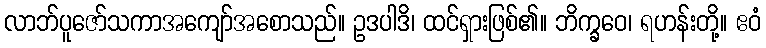
လာဘ်ပူဇော်သကာအကျော်အစောသည်။ ဥဒပါဒိ၊ ထင်ရှားဖြစ်၏။ ဘိက္ခဝေ၊ ရဟန်းတို့။ ဧဝံ